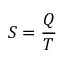
S = { \frac { Q } { T } }